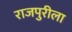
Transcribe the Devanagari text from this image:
राजपुरीला